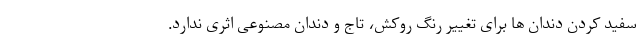
سفید کردن دندان ها برای تغییر رنگ روکش، تاج و دندان مصنوعی اثری ندارد.